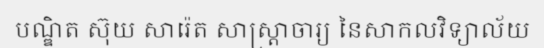
បណ្ឌិត ស៊ុយ សារ៉េត សាស្ត្រាចារ្យ នៃសាកលវិទ្យាល័យ